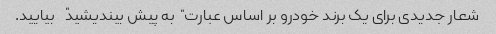
شعار جدیدی برای یک برند خودرو بر اساس عبارت "به پیش بیندیشید" بیایید.